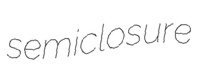
semiclosure